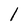
Character: l